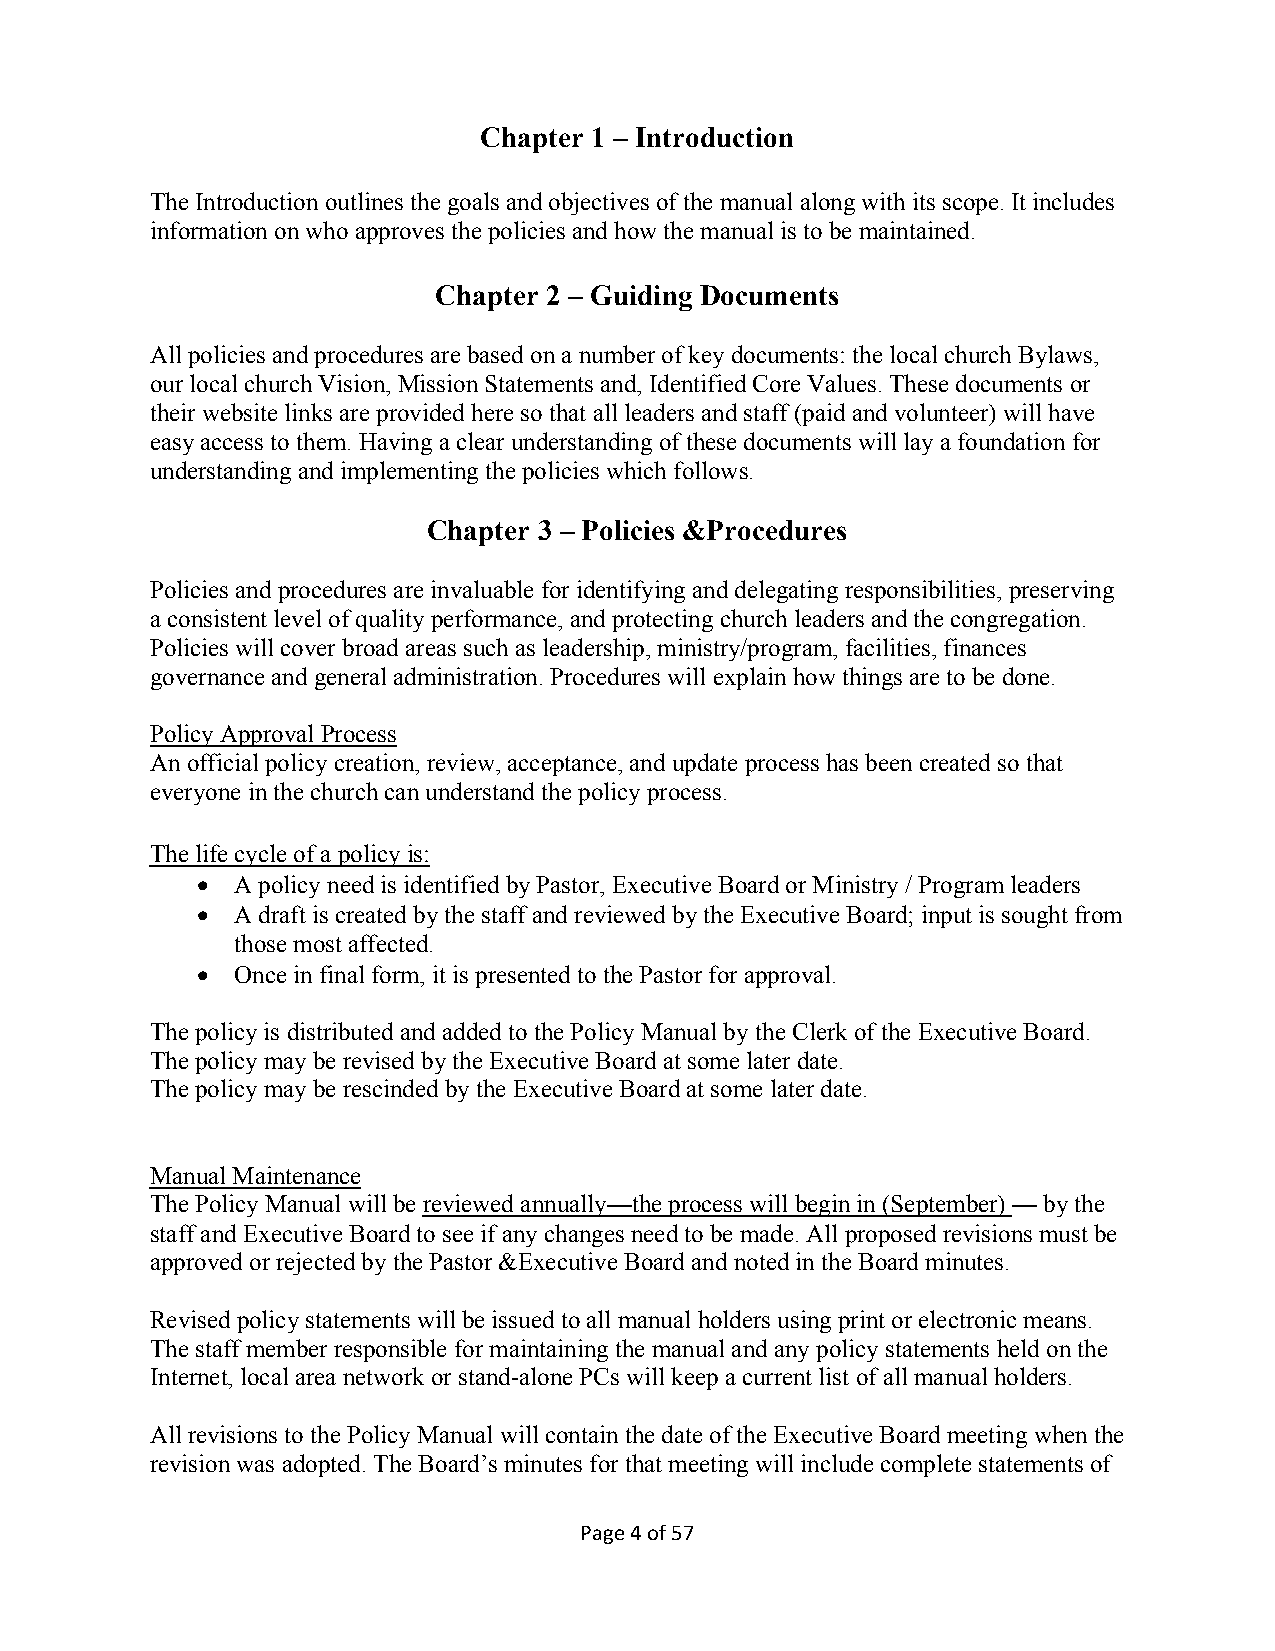
Chapter 1 – Introduction
 The Introduction outlines the goals and objectives of the manual along with its scope. It includes
 information on who approves the policies and how the manual is to be maintained.
 Chapter 2 – Guiding Documents
 All policies and procedures are based on a number of key documents: the local church Bylaws,
 our local church Vision, Mission Statements and, Identified Core Values. These documents or
 their website links are provided here so that all leaders and staff (paid and volunteer) will have
 easy access to them. Having a clear understanding of these documents will lay a foundation for
 understanding and implementing the policies which follows.
 Chapter 3 – Policies &Procedures
 Policies and procedures are invaluable for identifying and delegating responsibilities, preserving
 a consistent level of quality performance, and protecting church leaders and the congregation.
 Policies will cover broad areas such as leadership, ministry/program, facilities, finances
 governance and general administration. Procedures will explain how things are to be done.
 Policy Approval Process
 An official policy creation, review, acceptance, and update process has been created so that
 everyone in the church can understand the policy process.
 The life cycle of a policy is:
 •  A policy need is identified by Pastor, Executive Board or Ministry / Program leaders
 •  A draft is created by the staff and reviewed by the Executive Board; input is sought from
 those most affected.
 •  Once in final form, it is presented to the Pastor for approval.
 The policy is distributed and added to the Policy Manual by the Clerk of the Executive Board.
 The policy may be revised by the Executive Board at some later date.
 The policy may be rescinded by the Executive Board at some later date.
 Manual Maintenance
 The Policy Manual will be reviewed annually—the process will begin in (September) — by the
 staff and Executive Board to see if any changes need to be made. All proposed revisions must be
 approved or rejected by the Pastor &Executive Board and noted in the Board minutes.
 Revised policy statements will be issued to all manual holders using print or electronic means.
 The staff member responsible for maintaining the manual and any policy statements held on the
 Internet, local area network or stand-alone PCs will keep a current list of all manual holders.
 All revisions to the Policy Manual will contain the date of the Executive Board meeting when the
 revision was adopted. The Board’s minutes for that meeting will include complete statements of
 Page 4 of 57